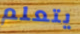
يتعلم